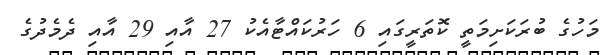
މަހުގެ ބުރަކަށިމަތީ ކޮތަރީގައި 6 ހަރުކައްޓާއެކު 27 އާއި 29 އާއި ދެމެދުގެ